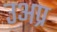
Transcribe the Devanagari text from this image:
उअप्र